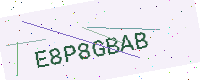
Text: E8P8GBAB